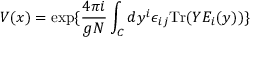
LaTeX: V ( x ) = \exp \{ { \frac { 4 \pi i } { g N } } \int _ { C } d y ^ { i } \epsilon _ { i j } \mathrm { T r } ( Y E _ { i } ( y ) ) \}